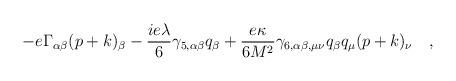
\begin{align*}-e\Gamma_{\alpha\beta}(p+k)_{\beta} - {ie\lambda \over6}\gamma_{5,\alpha\beta}q_{\beta}+{e\kappa \over6M^2}\gamma_{6,\alpha\beta,\mu\nu}q_{\beta}q_{\mu}(p+k)_{\nu}\quad,\end{align*}